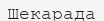
Шекарада